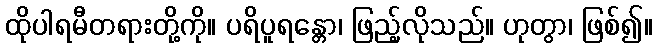
ထိုပါရမီတရားတို့ကို။ ပရိပူရန္တော၊ ဖြည့်လိုသည်။ ဟုတွာ၊ ဖြစ်၍။